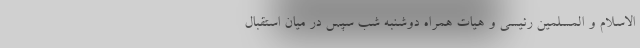
الاسلام و المسلمین رئیسی و هیات همراه دوشنبه شب سپس در میان استقبال